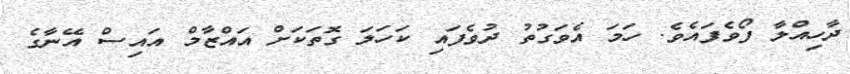
ދާހިއްލާ ފޯވެފައެވެ. ހަމަ އެވަގުތު ދުވެފައި ކަހަލަ ގޮތަކަށް އައްޒާމް އައިސް އޭނާގެ